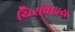
ચિરવિદાય